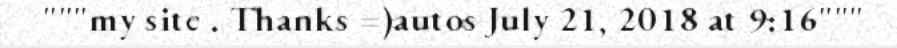
"""my site . Thanks =)autos July 21, 2018 at 9:16"""